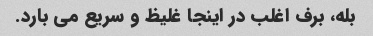
بله، برف اغلب در اینجا غلیظ و سریع می بارد.